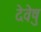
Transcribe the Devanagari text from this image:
देवेषु